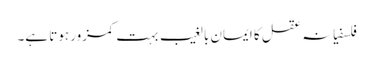
فلسفیانہ عقل کا ایمان بالغیب بہت کمزور ہوتا ہے۔